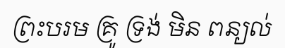
ព្រះបរម គ្រូ ទ្រង់ មិន ពន្យល់